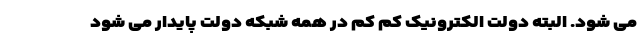
می شود. البته دولت الکترونیک کم کم در همه شبکه دولت پایدار می شود